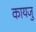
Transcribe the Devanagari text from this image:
कायजु